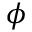
\phi